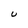
Character: U